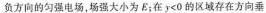
负方向的匀强电场，场强大小为 E；在 $$ $$y < 0$$ $$ 的区域存在方向垂